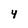
Character: 4